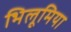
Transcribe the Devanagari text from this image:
भिलूमिया